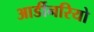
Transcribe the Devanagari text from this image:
आर्डीनरियो